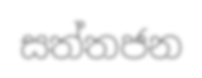
සත්තජන